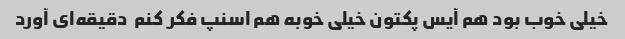
خیلی خوب بود هم آیس پکتون خیلی خوبه هم اسنپ فکر کنم  دقیقه‌ای آورد